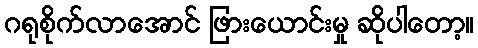
ဂရုစိုက်လာအောင် ဖြားယောင်းမှု ဆိုပါတော့။